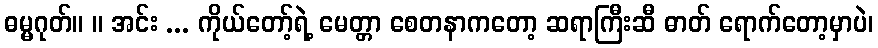
ဓမ္မဂုတ်။ ။ အင်း ... ကိုယ်တော့်ရဲ့ မေတ္တာ စေတနာကတော့ ဆရာကြီးဆီ ဓာတ် ရောက်တော့မှာပဲ၊